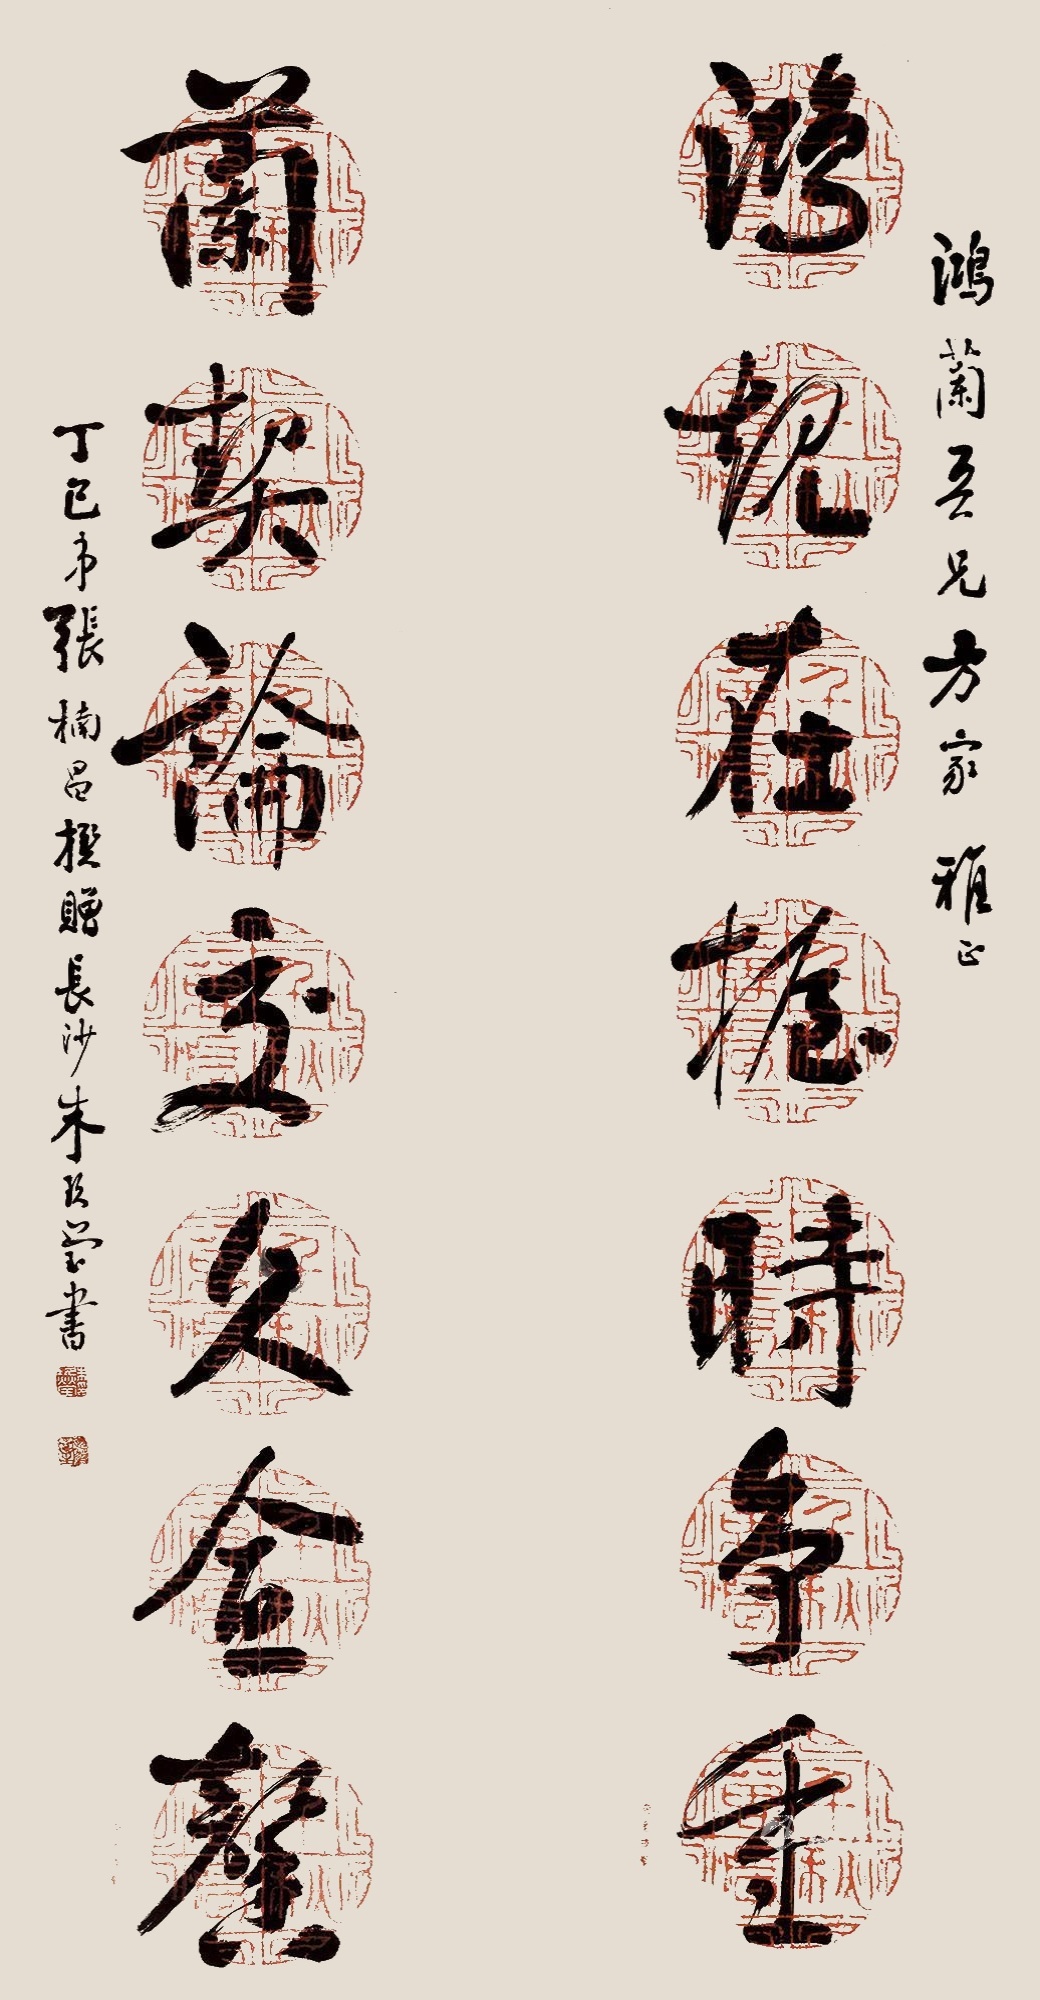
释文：鸿起在握时争垂，兰契论交久佥声。鸿兰吾兄方家雅正，丁巳张楠昌撰赠长沙朱玖莹书。